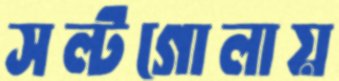
সল্টগোলায়